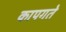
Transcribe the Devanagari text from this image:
कापगते